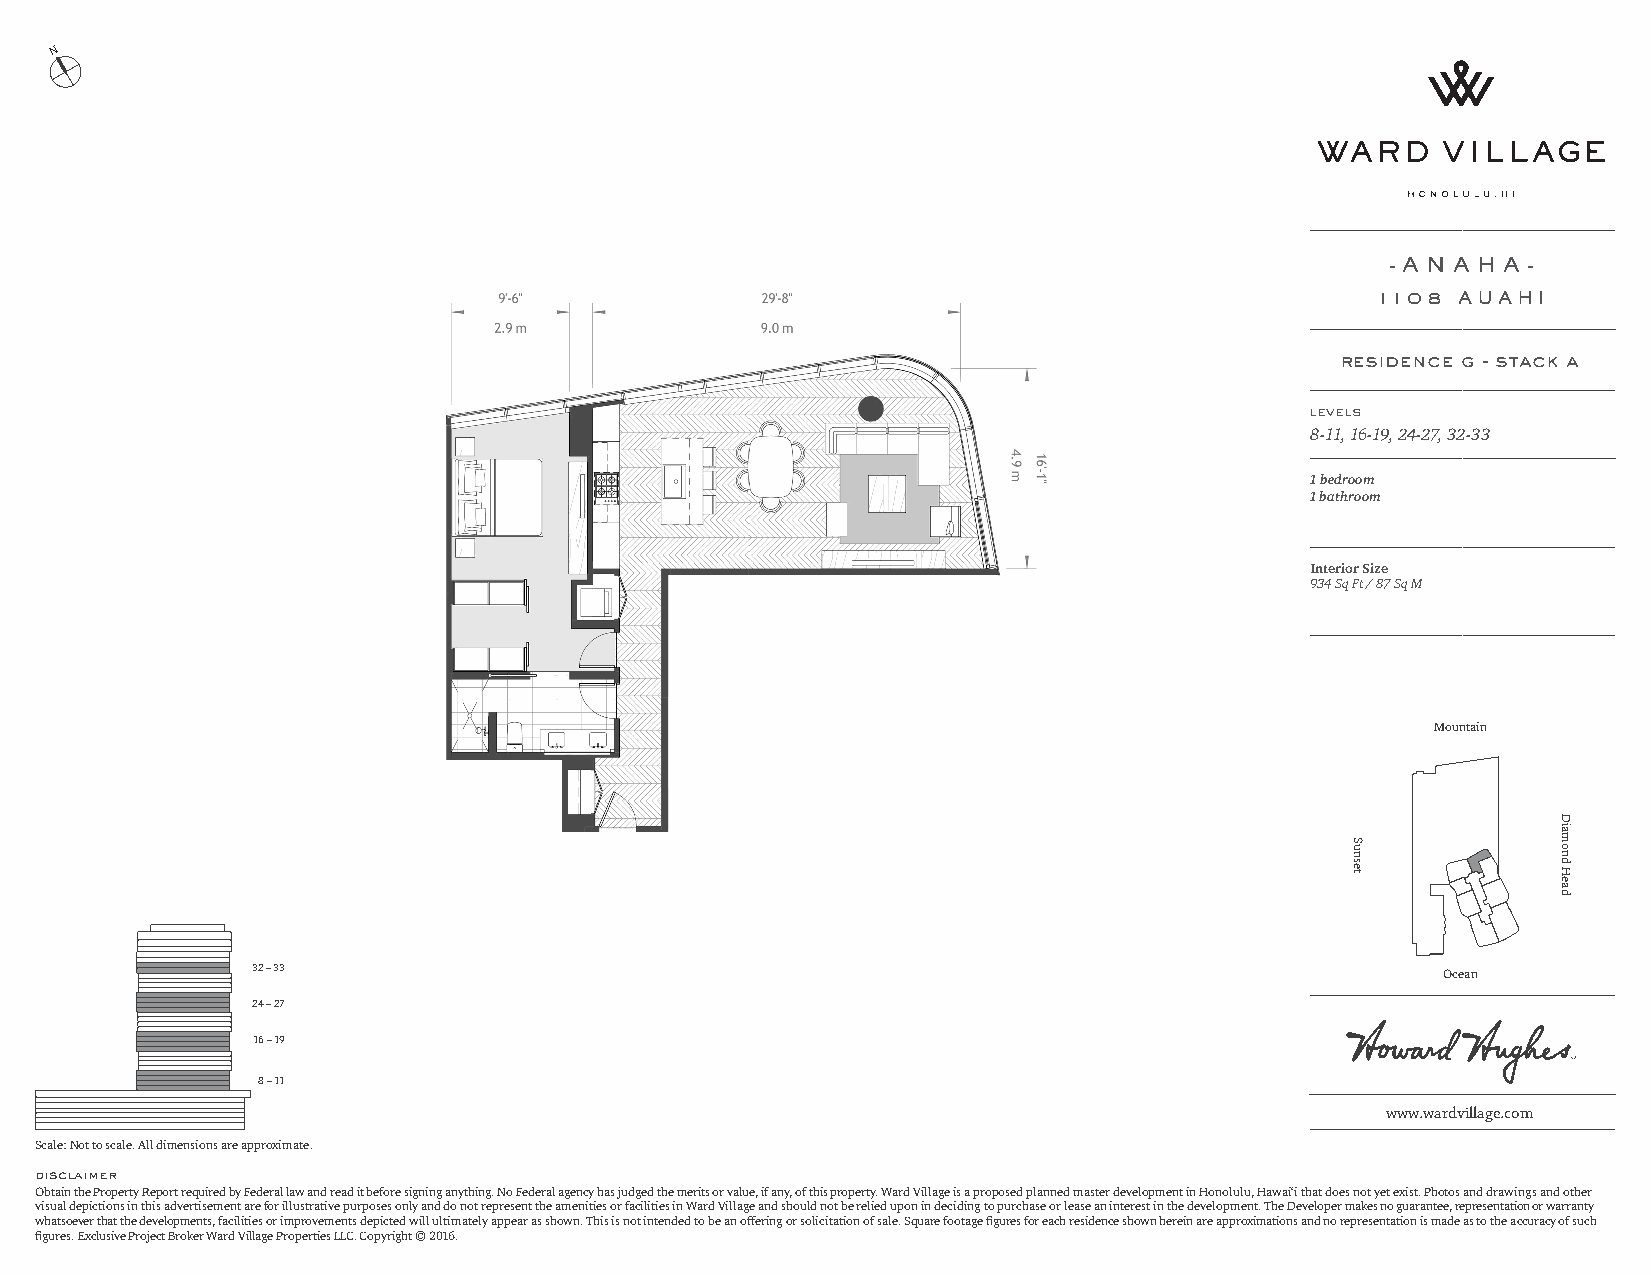
N
 - A N A H A -
 1108 AUAHI
 residence g - stack a
 levels
 8-11, 16-19, 24-27, 32-33
 1 bedroom
 1 bathroom
 Interior Size
 934 Sq Ft / 87 Sq M
 Mountain
 32 – 33                                                                        Ocean
 24 – 27
 16 – 19
 8 – 11
 www.wardvillage.com
 Scale: Not to scale. All dimensions are approximate.
 disclaimer
 Obtain the Property Report required by Federal law and read it before signing anything. No Federal agency has judged the merits or value, if any, of this property. Ward Village is a proposed planned master development in Honolulu, Hawai‘i that does not yet exist. Photos and drawings and other
 visual depictions in this advertisement are for illustrative purposes only and do not represent the amenities or facilities in Ward Village and should not be relied upon in deciding to purchase or lease an interest in the development. The Developer makes no guarantee, representation or warranty
 whatsoever that the developments, facilities or improvements depicted will ultimately appear as shown. This is not intended to be an offering or solicitation of sale. Square footage figures for each residence shown herein are approximations and no representation is made as to the accuracy of such
 figures. Exclusive Project Broker Ward Village Properties LLC. Copyright © 2016.
 Sunset
 Diamond
 Head